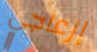
إزعاجي